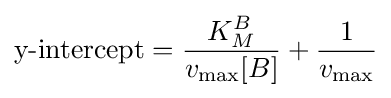
{\begin{aligned}{\mbox{y-intercept}}={\frac {K_{M}^{B}}{v_{\max }{[}B{]}}}+{\frac {1}{v_{\max }}}\end{aligned}}